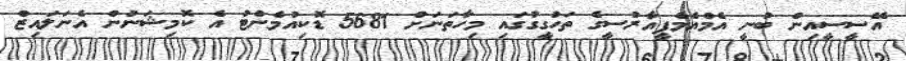
އޭސީސީއިން ބުނީ އެމްއެމްޕީއާރުސީގެ ތަހުގީގުގައި މިހާތަނަށް 5681 ޑޮކިއުމެންޓު އެ ކޮމިޝަނުން އެނަލައިޒް